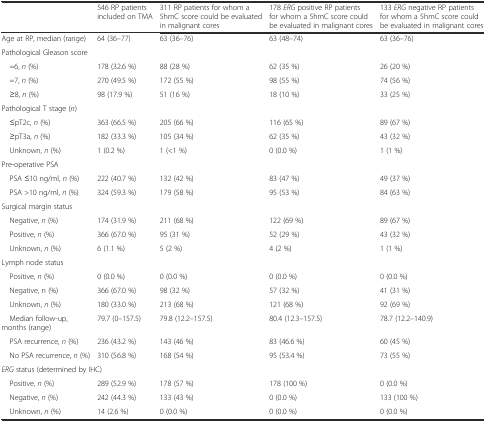
<table><thead><tr><td></td><td><b>546 RP patients included on TMA</b></td><td><b>311 RP patients for whom a 5hmC score could be evaluated in malignant cores</b></td><td><b>178 <i>ERG</i> positive RP patients for whom a 5hmC score could be evaluated in malignant cores</b></td><td><b>133 <i>ERG</i> negative RP patients for whom a 5hmC score could be evaluated in malignant cores</b></td></tr></thead><tbody><tr><td>Age at RP, median (range)</td><td>64 (36–77)</td><td>63 (36–76)</td><td>63 (48–74)</td><td>63 (36–76)</td></tr><tr><td colspan="5">Pathological Gleason score</td></tr><tr><td> =6, <i>n</i> (%)</td><td>178 (32.6 %)</td><td>88 (28 %)</td><td>62 (35 %)</td><td>26 (20 %)</td></tr><tr><td> =7, <i>n</i> (%)</td><td>270 (49.5 %)</td><td>172 (55 %)</td><td>98 (55 %)</td><td>74 (56 %)</td></tr><tr><td> ≥8, <i>n</i> (%)</td><td>98 (17.9 %)</td><td>51 (16 %)</td><td>18 (10 %)</td><td>33 (25 %)</td></tr><tr><td colspan="5">Pathological T stage (<i>n</i>)</td></tr><tr><td> ≤pT2c, <i>n</i> (%)</td><td>363 (66.5 %)</td><td>205 (66 %)</td><td>116 (65 %)</td><td>89 (67 %)</td></tr><tr><td> ≥pT3a, <i>n</i> (%)</td><td>182 (33.3 %)</td><td>105 (34 %)</td><td>62 (35 %)</td><td>43 (32 %)</td></tr><tr><td> Unknown, <i>n</i> (%)</td><td>1 (0.2 %)</td><td>1 (&lt;1 %)</td><td>0 (0.0 %)</td><td>1 (1 %)</td></tr><tr><td colspan="5">Pre-operative PSA</td></tr><tr><td> PSA ≤10 ng/ml, <i>n</i> (%)</td><td>222 (40.7 %)</td><td>132 (42 %)</td><td>83 (47 %)</td><td>49 (37 %)</td></tr><tr><td> PSA &gt;10 ng/ml, <i>n</i> (%)</td><td>324 (59.3 %)</td><td>179 (58 %)</td><td>95 (53 %)</td><td>84 (63 %)</td></tr><tr><td colspan="5">Surgical margin status</td></tr><tr><td> Negative, <i>n</i> (%)</td><td>174 (31.9 %)</td><td>211 (68 %)</td><td>122 (69 %)</td><td>89 (67 %)</td></tr><tr><td> Positive, <i>n</i> (%)</td><td>366 (67.0 %)</td><td>95 (31 %)</td><td>52 (29 %)</td><td>43 (32 %)</td></tr><tr><td> Unknown, <i>n</i> (%)</td><td>6 (1.1 %)</td><td>5 (2 %)</td><td>4 (2 %)</td><td>1 (1 %)</td></tr><tr><td colspan="5">Lymph node status</td></tr><tr><td> Positive, <i>n</i> (%)</td><td>0 (0.0 %)</td><td>0 (0.0 %)</td><td>0 (0.0 %)</td><td>0 (0.0 %)</td></tr><tr><td> Negative, n (%)</td><td>366 (67.0 %)</td><td>98 (32 %)</td><td>57 (32 %)</td><td>41 (31 %)</td></tr><tr><td> Unknown, <i>n</i> (%)</td><td>180 (33.0 %)</td><td>213 (68 %)</td><td>121 (68 %)</td><td>92 (69 %)</td></tr><tr><td> Median follow-up, months (range)</td><td>79.7 (0–157.5)</td><td>79.8 (12.2–157.5)</td><td>80.4 (12.3–157.5)</td><td>78.7 (12.2–140.9)</td></tr><tr><td> PSA recurrence, <i>n</i> (%)</td><td>236 (43.2 %)</td><td>143 (46 %)</td><td>83 (46.6 %)</td><td>60 (45 %)</td></tr><tr><td> No PSA recurrence, <i>n</i> (%)</td><td>310 (56.8 %)</td><td>168 (54 %)</td><td>95 (53.4 %)</td><td>73 (55 %)</td></tr><tr><td colspan="5"><i>ERG</i> status (determined by IHC)</td></tr><tr><td> Positive, <i>n</i> (%)</td><td>289 (52.9 %)</td><td>178 (57 %)</td><td>178 (100 %)</td><td>0 (0.0 %)</td></tr><tr><td> Negative, <i>n</i> (%)</td><td>242 (44.3 %)</td><td>133 (43 %)</td><td>0 (0.0 %)</td><td>133 (100 %)</td></tr><tr><td> Unknown, <i>n</i> (%)</td><td>14 (2.6 %)</td><td>0 (0.0 %)</td><td>0 (0.0 %)</td><td>0 (0.0 %)</td></tr></tbody></table>